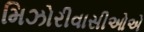
મિઝોરીવાસીઓએ